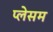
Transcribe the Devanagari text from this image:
प्लेसम